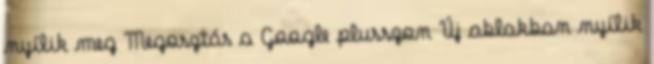
nyílik meg Megosztás a Google plusszon Új ablakban nyílik